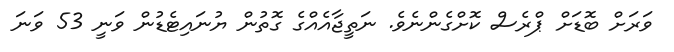
ވަރަށް ބޮޑަށް ޕްރެސް ކޮށްގެންނެވެ. ނަތީޖާއެއްގެ ގޮތުން ޔުނައިޓެޑުން ވަނީ 53 ވަނަ